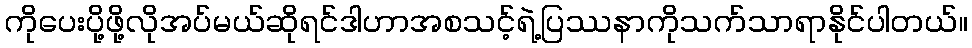
ကိုပေးပို့ဖို့လိုအပ်မယ်ဆိုရင်ဒါဟာအစသင့်ရဲ့ပြဿနာကိုသက်သာရာနိုင်ပါတယ်။